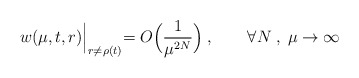
\begin{align*}w(\mu,t,r)\Bigl|_{r\ne\rho (t)}=O\Bigl(\frac{1}{\mu^{2N}}\Bigr)\; ,\qquad \forall N\; ,\;\mu\to\infty\end{align*}